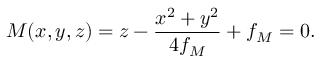
M ( x , y , z ) = z - \frac { x ^ { 2 } + y ^ { 2 } } { 4 f _ { M } } + f _ { M } = 0 .